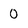
Character: 0